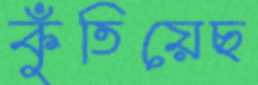
কুঁতিয়েছ